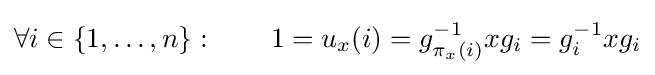
\forall i\in \{1,\ldots ,n\}:\qquad 1=u_{x}(i)=g_{\pi _{x}(i)}^{-1}xg_{i}=g_{i}^{-1}xg_{i}